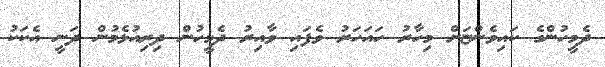
ދެމީހުންގެ ކައިވެންޏަށް މިހާރު ހައަހަރު ވެފައި ވާއިރު ދެމީހުން ދިރިއުޅެމުން ދަނީ އެކަކު